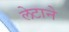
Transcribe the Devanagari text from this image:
लेटाने